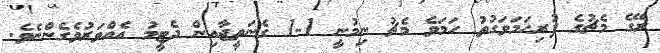
ރޭގެ މެޗުގެ ފުރިހަމަވަގުތު ހަމަވެ މެޗު ނިމުނީ 1-1 ގެނަތީޖާއިން ދެޓީމު އެއްވަރުވެގެންނެވެ.